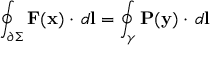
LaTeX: \oint _ { \partial \Sigma } { \mathbf { F } ( \mathbf { x } ) \cdot \, d \mathbf { l } } = \oint _ { \gamma } { \mathbf { P } ( \mathbf { y } ) \cdot \, d \mathbf { l } }